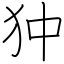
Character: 狆